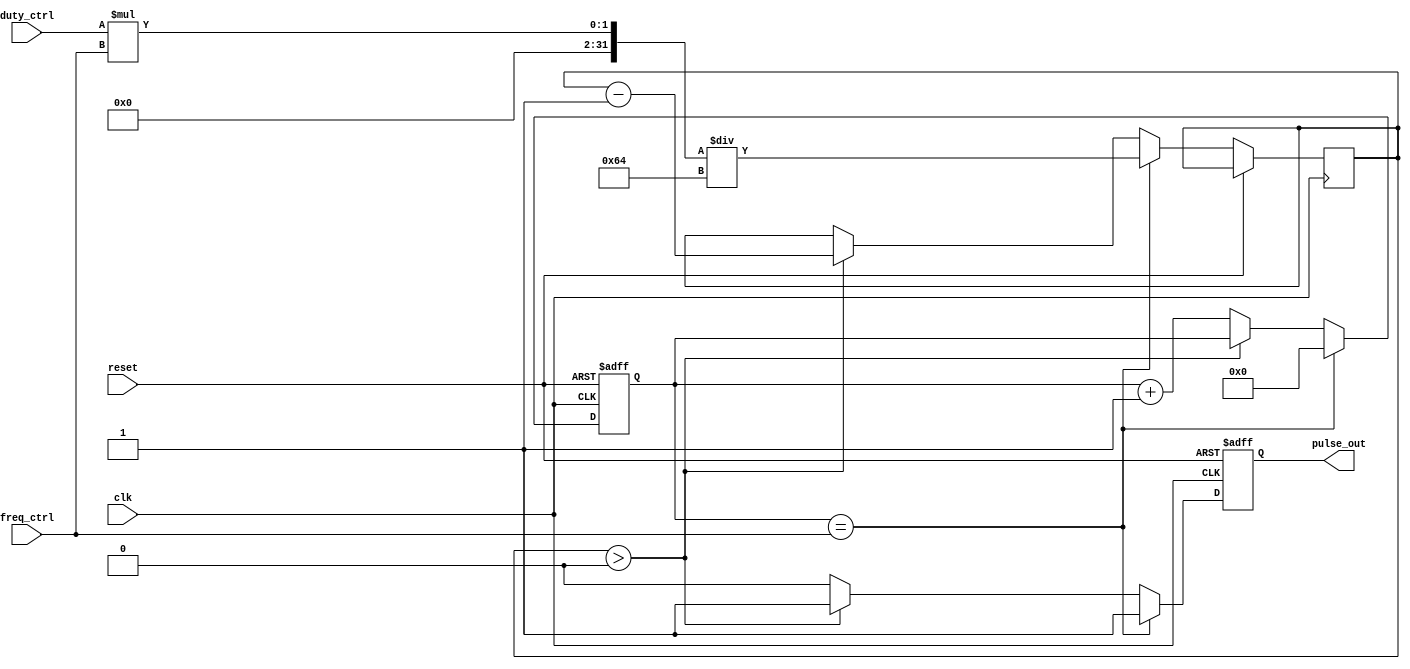
module ProgrammablePulseGenerator (
  input wire clk,     // Input clock signal
  input wire reset,   // Input reset signal
  input wire freq_ctrl,  // Input frequency control register
  input wire duty_ctrl,  // Input duty cycle control register
  output reg pulse_out  // Output pulse signal
);

  reg [31:0] count;   // Counter to keep track of clock cycles
  reg [31:0] pulse_duration; // Duration of the pulse within each cycle

  always @(posedge clk or posedge reset) begin
    if (reset) begin
      count <= 0;
      pulse_out <= 0;
    end else begin
      if (count == freq_ctrl) begin
        pulse_duration <= (duty_ctrl * freq_ctrl) / 100;
        pulse_out <= 1;
        count <= 0;
      end else if (pulse_duration > 0) begin
        pulse_duration <= pulse_duration - 1;
        pulse_out <= 1;
      end else begin
        pulse_out <= 0;
        count <= count + 1;
      end
    end
  end
endmodule